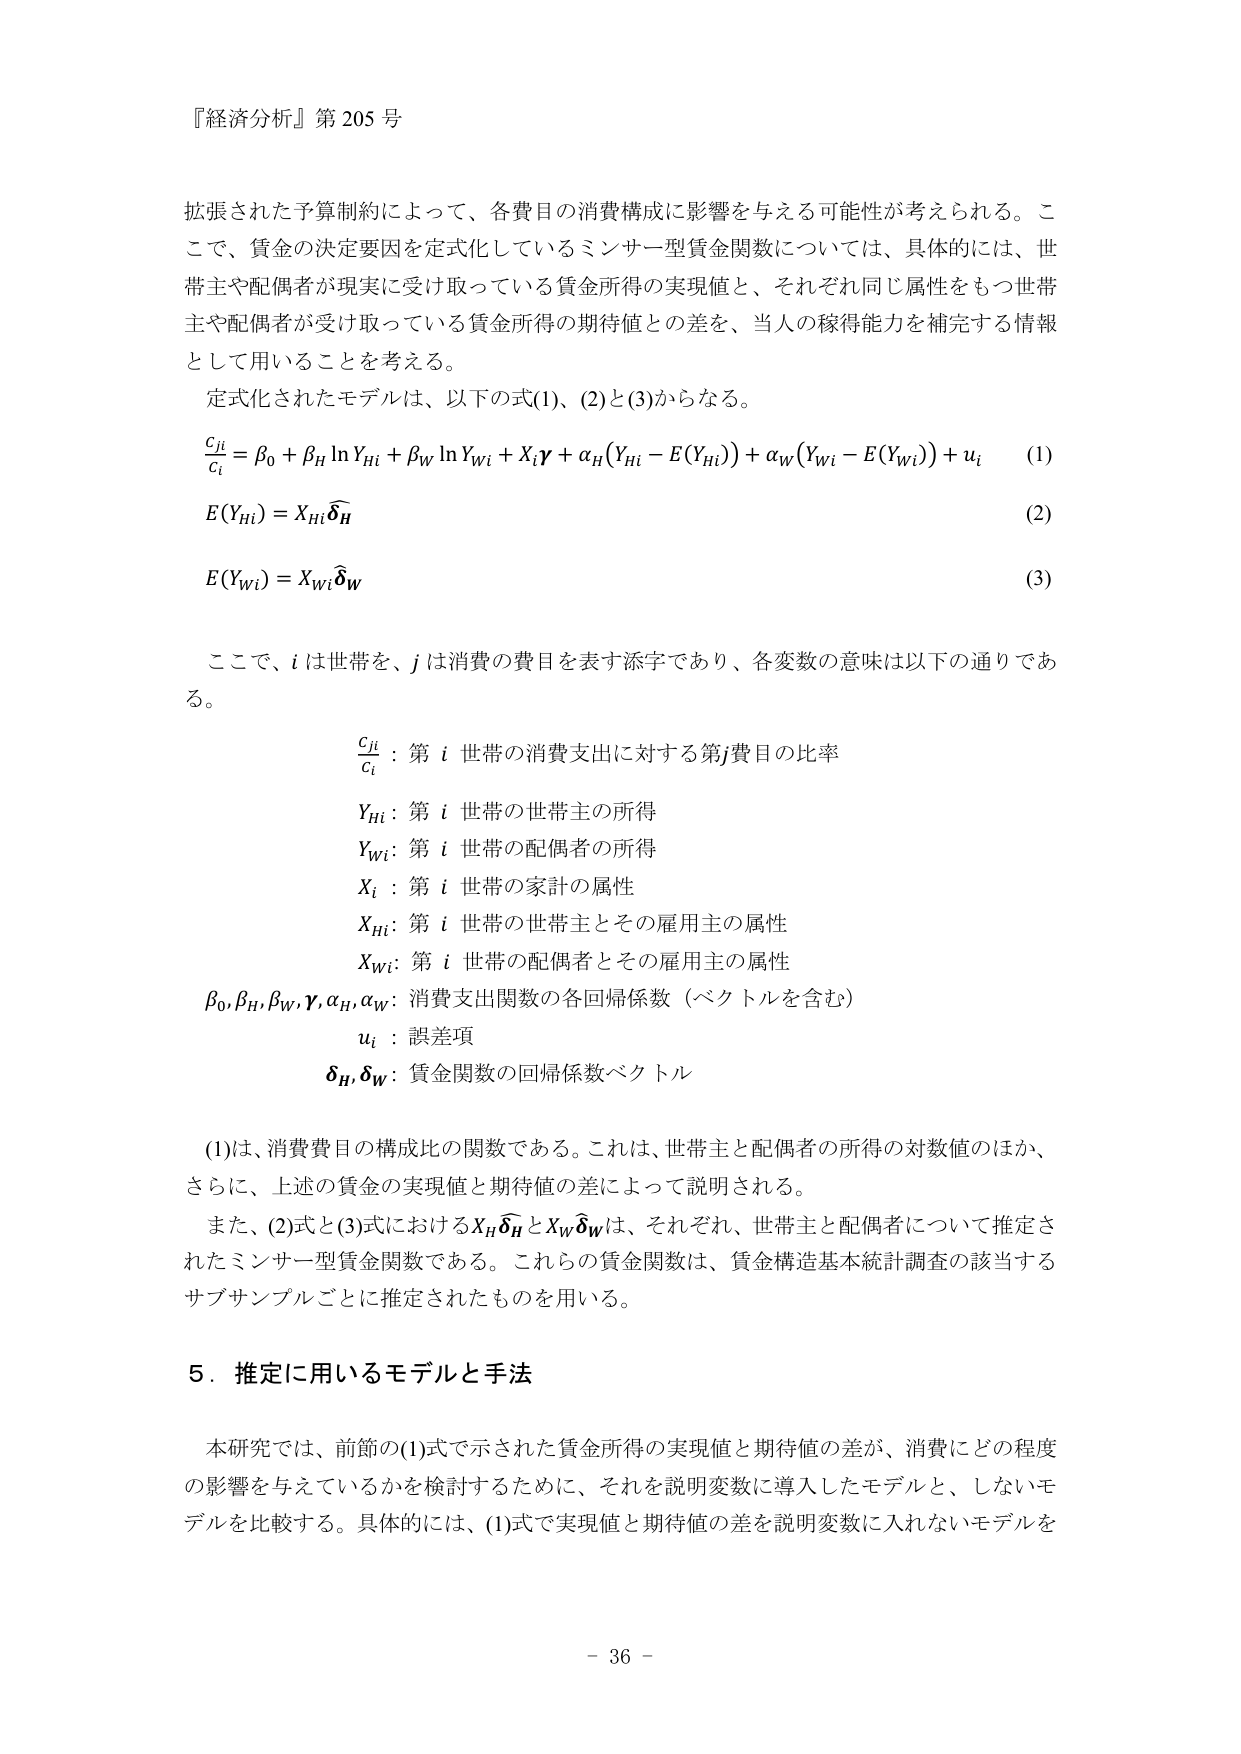
『経済分析』第205号

拡張された予算制約によって、各費目の消費構成に影響を与える可能性が考えられる。ここで、賃金の決定要因を定式化しているミンサー型賃金関数については、具体的には、世帯主や配偶者が現実に受け取っている賃金所得の実現値と、それぞれ同じ属性をもつ世帯主や配偶者が受け取っている賃金所得の期待値との差を、当人の稼得能力を補完する情報として用いることを考える。

定式化されたモデルは、以下の式(1)、(2)と(3)からなる。

\frac{c_{ji}}{c_i} = \beta_0 + \beta_H \ln Y_{Hi} + \beta_W \ln Y_{Wi} + X_i \boldsymbol{\gamma} + \alpha_H \big(Y_{Hi} - E(Y_{Hi})\big) + \alpha_W \big(Y_{Wi} - E(Y_{Wi})\big) + u_i \quad (1)

E(Y_{Hi}) = X_{Hi} \widehat{\boldsymbol{\delta}}_H \quad (2)

E(Y_{Wi}) = X_{Wi} \widehat{\boldsymbol{\delta}}_W \quad (3)

ここで、i は世帯を、j は消費の費目を表す添字であり、各変数の意味は以下の通りである。

\frac{c_{ji}}{c_i}：第 i 世帯の消費支出に対する第j費目の比率

Y_{Hi}：第 i 世帯の世帯主の所得

Y_{Wi}：第 i 世帯の配偶者の所得

X_i：第 i 世帯の家計の属性

X_{Hi}：第 i 世帯の世帯主とその雇用主の属性

X_{Wi}：第 i 世帯の配偶者とその雇用主の属性

\beta_0, \beta_H, \beta_W, \boldsymbol{\gamma}, \alpha_H, \alpha_W：消費支出関数の各回帰係数（ベクトルを含む）

u_i：誤差項

\widehat{\boldsymbol{\delta}}_H, \widehat{\boldsymbol{\delta}}_W：賃金関数の回帰係数ベクトル

(1)は、消費費目の構成比の関数である。これは、世帯主と配偶者の所得の対数値のほか、さらに、上述の賃金の実現値と期待値の差によって説明される。

また、(2)式と(3)式におけるX_H \widehat{\boldsymbol{\delta}}_H と X_W \widehat{\boldsymbol{\delta}}_W は、それぞれ、世帯主と配偶者について推定されたミンサー型賃金関数である。これらの賃金関数は、賃金構造基本統計調査の該当するサブサンプルごとに推定されたものを用いる。

5．推定に用いるモデルと手法

本研究では、前節の(1)式で示された賃金所得の実現値と期待値の差が、消費にどの程度の影響を与えているかを検討するために、それを説明変数に導入したモデルと、しないモデルを比較する。具体的には、(1)式で実現値と期待値の差を説明変数に入れないモデルを

- 36 -